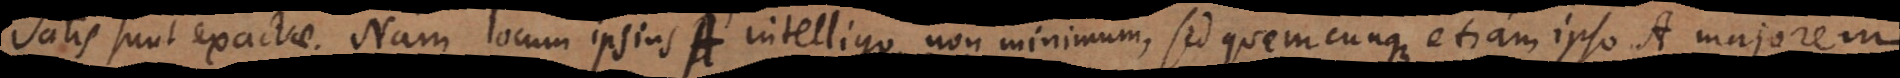
satis sunt exactae. Nam locum ipsius A intelligo non minimum, sed quemcunque etiam ipso A majorem,